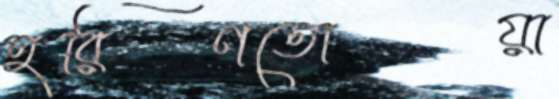
হরিণতোয়া